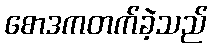
စောဒကတက်ခဲ့သည်